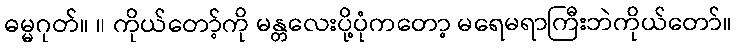
ဓမ္မဂုတ်။ ။ ကိုယ်တော့်ကို မန္တလေးပို့ပုံကတော့ မရေမရာကြီးဘဲကိုယ်တော်။